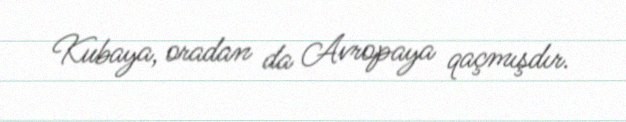
Kubaya, oradan da Avropaya qaçmışdır.